Civil Veterinary Dept. North-West Frontier Province 1923-32 - 1923-1932
Year: 1923
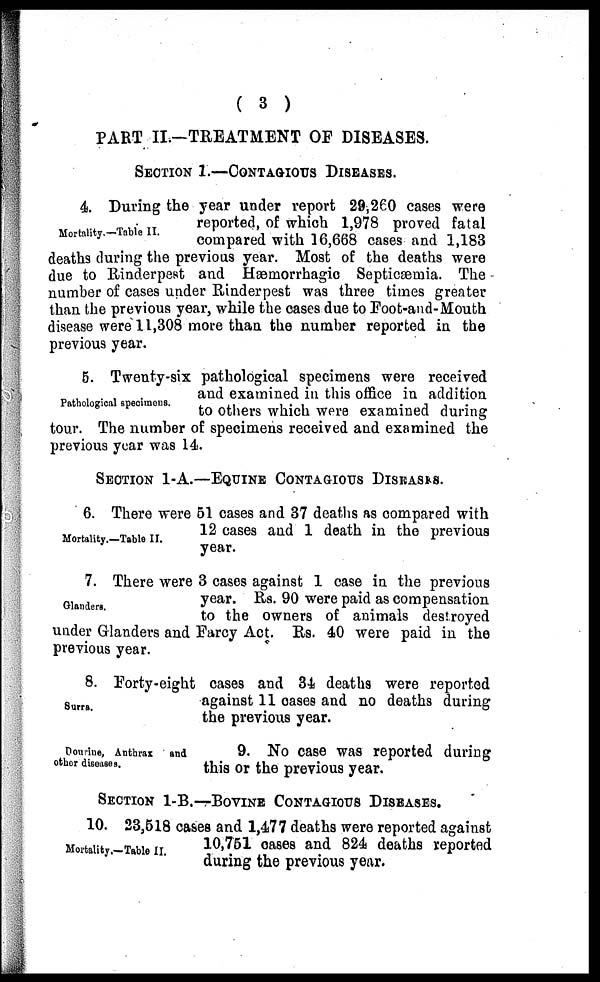
( 3 )
PART II.—TREATMENT OF DISEASES.
SECTION 1.—CONTAGIOUS DISEASES.
Mortality.—Table II.
4. During the year under report 29,260 cases were
reported, of which 1,978 proved fatal
compared with 16,668 cases and 1,183
deaths during the previous year. Most of the deaths were
due to Rinderpest and Hæmorrhagic Septicæmia. The
number of cases under Rinderpest was three times greater
than the previous year, while the cases due to Foot-and-Mouth
disease were 11,308 more than the number reported in the
previous year.
Pathological specimens.
5. Twenty-six pathological specimens were received
and examined in this office in addition
to others which were examined during
tour. The number of specimens received and examined the
previous year was 14.
SECTION 1-A.—EQUINE CONTAGIOUS DISEASES.
Mortality.—Table II.
6. There were 51 cases and 37 deaths as compared with
12 cases and 1 death in the previous
year.
Glanders.
7. There were 3 cases against 1 case in the previous
year. Rs. 90 were paid as compensation
to the owners of animals destroyed
under Glanders and Farcy Act. Rs. 40 were paid in the
previous year.
Surra.
8. Forty-eight cases and 34 deaths were reported
against 11 cases and no deaths during
the previous year.
Dourine, Anthrax
and
other diseases.
9. No case was reported during
this or the previous year.
SECTION 1-B.—BOVINE CONTAGIOUS DISEASES.
Mortality.—Table II.
10. 23,518 cases and 1,477 deaths were reported against
10,751 cases and 824 deaths reported
during the previous year.